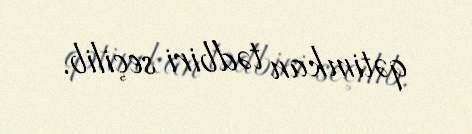
qətimkan tədbiri seçilib.